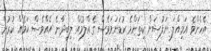
އެހެންވެ އަމިއްލަ ނަފުސަށް ކިތަންމެ ކުޑަނަމަވެސް ގެއްލުމެއް ލިބިދާނެ އެއްވެސް ކަމެއް ކުރުން